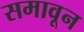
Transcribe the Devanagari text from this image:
समावून